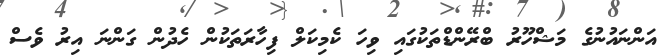
އަންނައުނުގެ މަޝްހޫރު ބްރޭންޑްތަކުގައި ވިހަ ކެމިކަލް ފިހާރަތަކުން ހެދުން ގަންނަ އިރު ވެސް